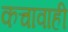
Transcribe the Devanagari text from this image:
कचावाही